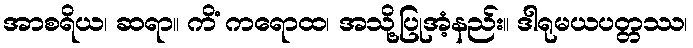
အာစရိယ၊ ဆရာ။ ကိံ ကရောထ၊ အသို့ပြုအံ့နည်း။ ဒါရုမယပတ္တဿ၊